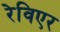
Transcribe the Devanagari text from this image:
रेविएर